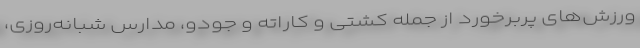
ورزش‌های پربرخورد از جمله کشتی و کاراته و جودو، مدارس شبانه‌روزی،